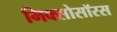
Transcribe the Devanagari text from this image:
मिक्सोसॉरस